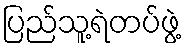
ပြည်သူ့ရဲတပ်ဖွဲ့